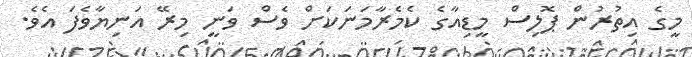
މީގެ އިތުރުން ޕޮލިސް މީޑިއާގެ ކެމެރާމަނަކަށް ވެސް ވަނީ މިރޭ އަނިޔާވެފަ އެވެ.